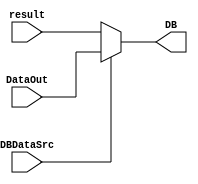
`timescale 1ns / 1ps
//////////////////////////////////////////////////////////////////////////////////
// Company: 
// Engineer: 
// 
// Design Name: 
// Module Name: WB_Unit
// Project Name: 
// Target Devices: 
// Tool Versions: 
// Description: 
// 
// Dependencies: 
// 
// Revision:
// Revision 0.01 - File Created
// Additional Comments:
// 
//////////////////////////////////////////////////////////////////////////////////


module WB_Unit(
    input DBDataSrc,
    input [31:0] result,
    input [31:0] DataOut,
    output [31:0] DB
    );
    assign DB = (DBDataSrc == 0) ? result : DataOut;

endmodule